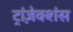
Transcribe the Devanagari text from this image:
ट्रांज़ेक्शंस